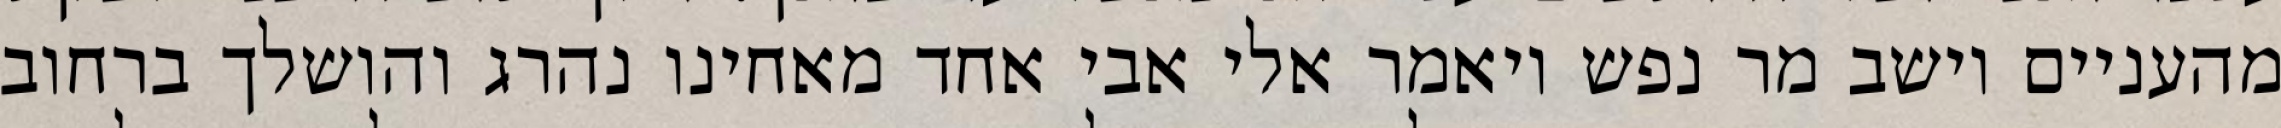
מהעניים וישב מר נפש ויאמר אלי אבי אחד מאחינו נהרג והושלך ברחוב